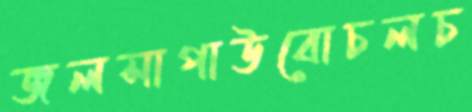
জলসাপাউবোচলচ